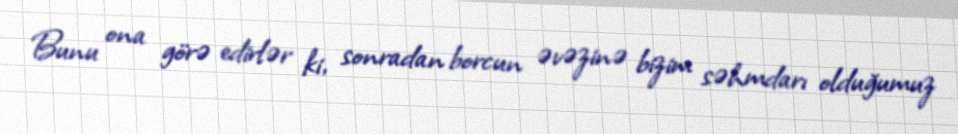
Bunu ona görə edirlər ki, sonradan borcun əvəzinə bizim səhmdarı olduğumuz